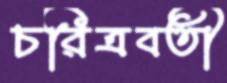
চরিত্রবতী